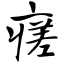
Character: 瘥